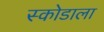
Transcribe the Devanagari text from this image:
स्कोडाला